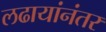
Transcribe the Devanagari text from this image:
लढायांनंतर